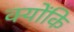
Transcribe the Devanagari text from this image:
क्योंकि